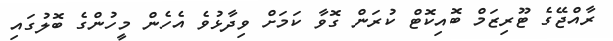
ރާއްޖޭގެ ޓޫރިޒަމް ބޮއިކޮޓް ކުރަން ގޮވާ ކަމަށް ވިދާޅުވެ އެހެން މީހުންގެ ބޮލުގައި